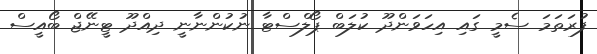
ފުރަތަމަ ސެމީ ގައި އިހަވަންދޫ ކުލަބް ޕޯލްސްޓާ ނުކުންނާނީ ދިއްދޫ ޓީނޭޖް ބޯއީސް